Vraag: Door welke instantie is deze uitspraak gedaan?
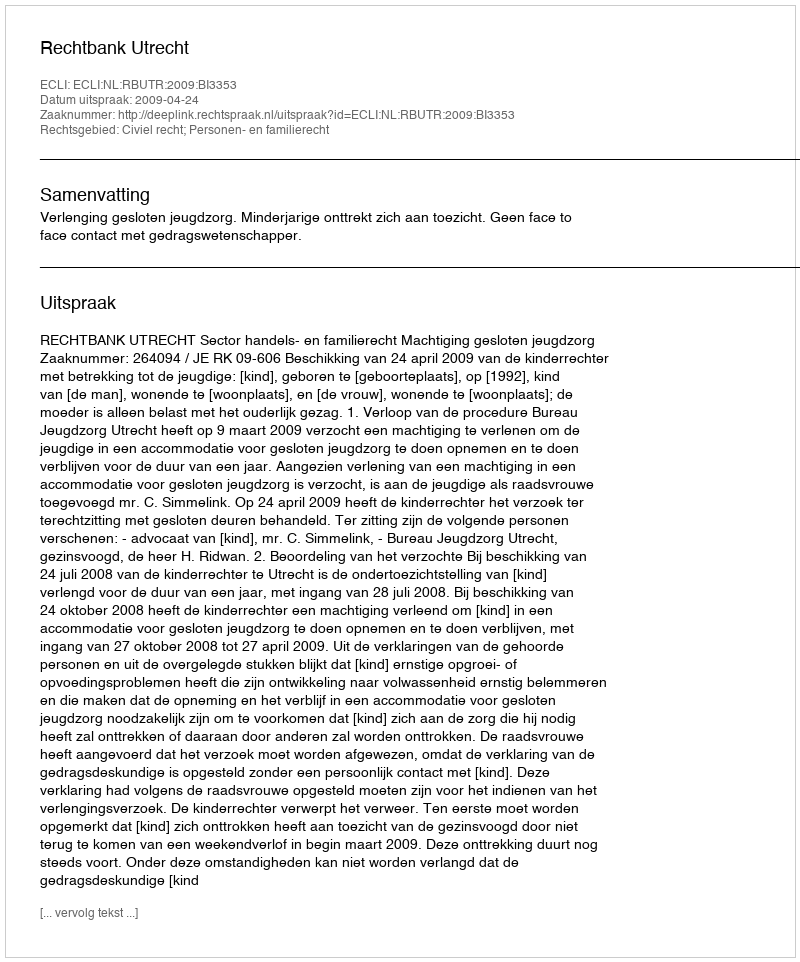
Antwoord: Rechtbank Utrecht